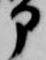
部